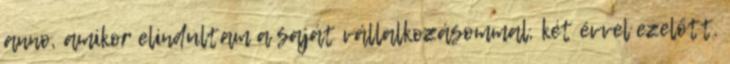
anno, amikor elindultam a saját vállalkozásommal, két évvel ezelőtt.